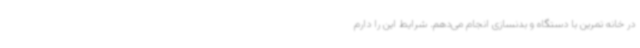
در خانه تمرین با دستگاه و بدنسازی انجام می‌دهم. شرایط این را دارم